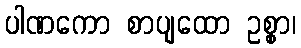
ပါဏကော စာပျထော ဥစ္စာ၊